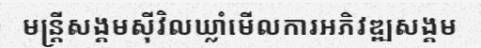
មន្ត្រីសង្គមស៊ីវិលឃ្លាំមើលការអភិវឌ្ឍសង្គម